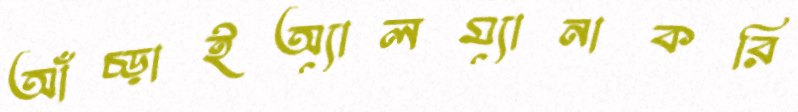
আঁচ্‌ড়াইঅ্যালম্যানাকরি